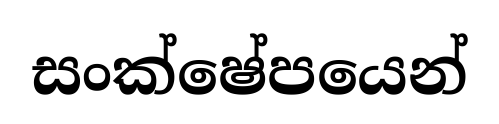
සංක්ෂේපයෙන්